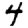
Digit: 4